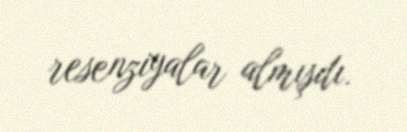
resenziyalar almışdı.